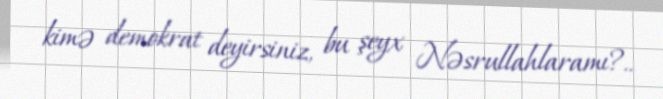
kimə demokrat deyirsiniz, bu şeyx Nəsrullahlaramı?..